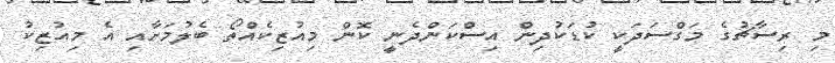
މި ރިސާޗުގެ މަގްސަދަކީ ކުޑަކުދިން އިސްކަންދެނީ ކޮން މިއުޒިކެއްތޯ ބެލުމަށާއި އެ މިއުޒިކު